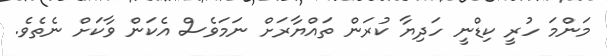
މަންމަ ހުރީ ކިޑްނީ ހަދިޔާ ކުރަން ތައްޔާރަށް ނަމަވެސް އެކަން ވާކަށް ނެތެވެ.